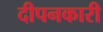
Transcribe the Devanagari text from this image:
दीपनकारी